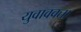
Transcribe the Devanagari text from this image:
युवावक्ता